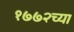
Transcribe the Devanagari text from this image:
१७७२च्या